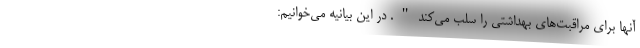
آنها برای مراقبت‌های بهداشتی را سلب می‌کند". در این بیانیه می‌خوانیم: